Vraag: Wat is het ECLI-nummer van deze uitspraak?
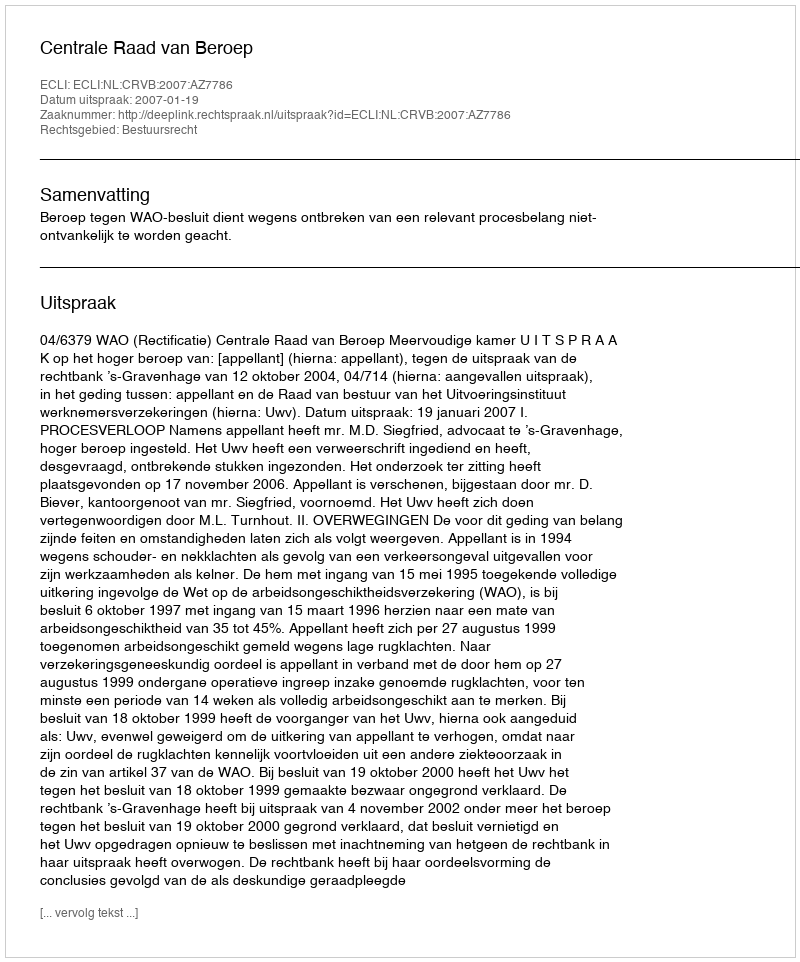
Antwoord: ECLI:NL:CRVB:2007:AZ7786